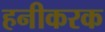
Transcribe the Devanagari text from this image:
हनीकरक